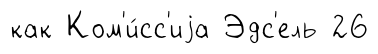
как Ком'и́сс'иjа Эдс'ель 26